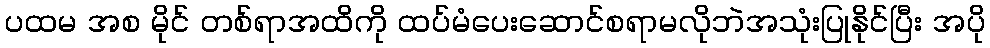
ပထမ အစ မိုင် တစ်ရာအထိကို ထပ်မံပေးဆောင်စရာမလိုဘဲအသုံးပြုနိုင်ပြီး အပို